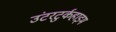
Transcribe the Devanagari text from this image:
उंटरटुर्कहाइम